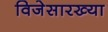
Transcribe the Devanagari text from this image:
विजेसारख्या